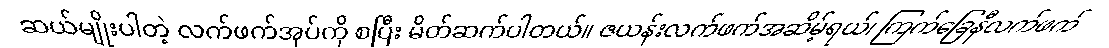
ဆယ်မျိုးပါတဲ့ လက်ဖက်အုပ်ကို စပြီး မိတ်ဆက်ပါတယ်။ ဇယန်းလက်ဖက်အဆိမ့်ရယ်၊ ကြက်ခြေနီလက်ဖက်